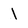
Character: 1